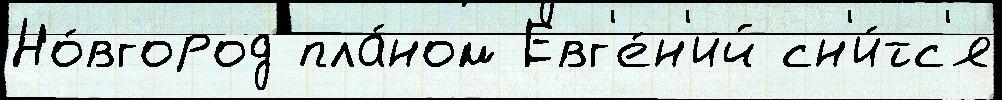
Но́вгород пла́ном Евг'е́н'ий сн'и́тс'я